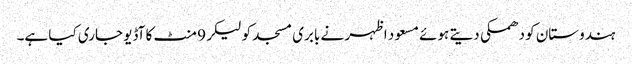
ہندوستان کو دھمکی دیتے ہوئے مسعود اظہر نے بابری مسجد کو لیکر 9 منٹ کا آڈیو جاری کیا ہے۔